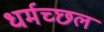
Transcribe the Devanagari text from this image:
धर्मच्छल